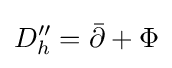
D_{h}''={\bar {\partial }}+\Phi